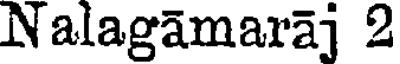
Nalagamaraj 2